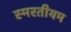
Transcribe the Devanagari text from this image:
स्मरतीयम